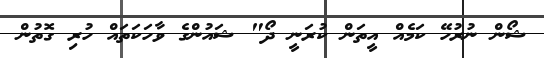
ޝޯން ނުރުހޭ ކަމެއް އީތަން ކުރަނީ ދޯ" ޝައުންގެ ވާހަކަތައް ހުރި ގޮތުން